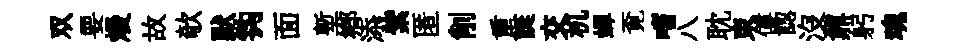
双要熳故欹默钩面塹鄉添紫匿削重誕交机蟬覔嗜八耽束僂認没鼐躬魂